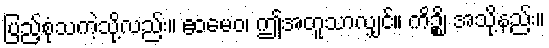
ပြည့်စုံသကဲ့သို့လည်း။ ဧဝမေဝ၊ ဤအတူသာလျှင်။ ကိဉ္စိ၊ အသို့နည်း။